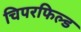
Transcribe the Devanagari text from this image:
चिपरफिल्ड